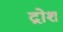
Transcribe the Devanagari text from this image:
द्रोश